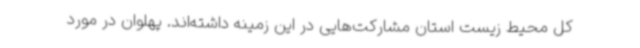
کل محیط زیست استان مشارکت‌هایی در این زمینه داشته‌اند. پهلوان در مورد